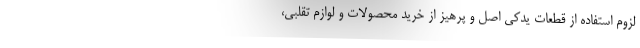
لزوم استفاده از قطعات یدکی اصل و پرهیز از خرید محصولات و لوازم تقلبی،